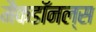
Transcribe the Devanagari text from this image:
मैकडॉनल्स